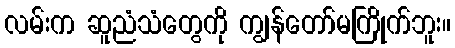
လမ်းက ဆူညံသံတွေကို ကျွန်တော်မကြိုက်ဘူး။